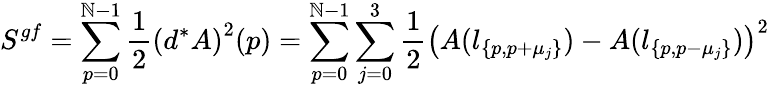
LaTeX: S^{gf}=\sum_{p=0}^{\mathbb{N}-1}\frac{{1}}{{2}}\left(d^{\ast}A\right)^{2}(p)=\sum_{p=0}^{\mathbb{N}-1}\sum_{j=0}^{3}\frac{{1}}{{2}}\left(A(l_{\{ p,p+\mu_{j}\} })-A(l_{\{ p,p-\mu_{j}\} })\right)^{2}